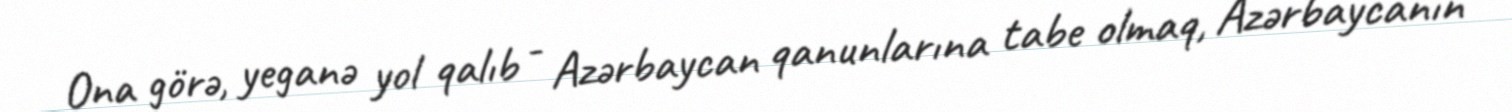
Ona görə, yeganə yol qalıb - Azərbaycan qanunlarına tabe olmaq, Azərbaycanın